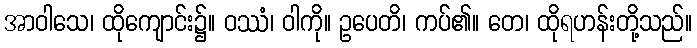
အာဝါသေ၊ ထိုကျောင်း၌။ ဝဿံ၊ ဝါကို။ ဥပေတိ၊ ကပ်၏။ တေ၊ ထိုရဟန်းတို့သည်။